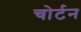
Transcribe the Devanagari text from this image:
चोर्टन